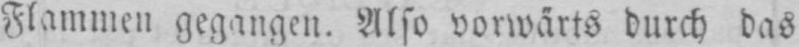
Flammen gegangen. Also vorwärts durch das